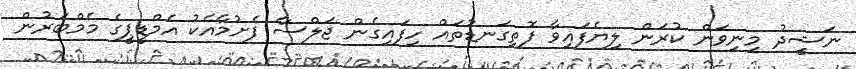
ނަޝީދު މިނިވަން ކުރަން ލިޔެފައިވާ ފޮތިގަނޑުތައް ހިފައިގެން ޖަލްސާ ފެށުމާއެކު އެމްޑީޕީގެ މެމްބަރުން